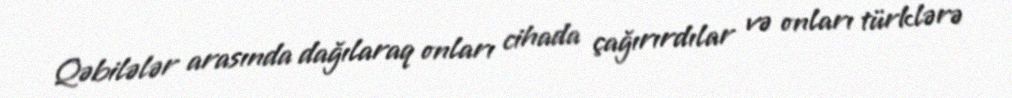
Qəbilələr arasında dağılaraq onları cihada çağırırdılar və onları türklərə